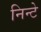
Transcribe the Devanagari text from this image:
निन्टे